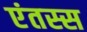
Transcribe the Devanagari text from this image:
एंतस्स